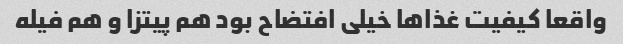
واقعا کیفیت غذاها خیلی افتضاح بود هم پیتزا و هم فیله